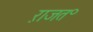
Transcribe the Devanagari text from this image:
ऱाजत॰